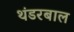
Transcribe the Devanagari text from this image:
थंडरबाल